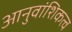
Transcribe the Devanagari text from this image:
आनुवांशिकत्व